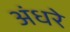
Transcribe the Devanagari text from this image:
अंधरे